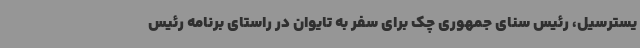
یسترسیل، رئیس سنای جمهوری چک برای سفر به تایوان در راستای برنامه رئیس